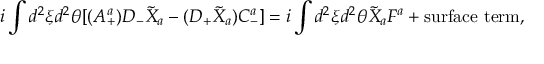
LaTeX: i \int d ^ { 2 } \xi d ^ { 2 } \theta [ ( A _ { + } ^ { a } ) D _ { - } \tilde { X } _ { a } - ( D _ { + } \tilde { X } _ { a } ) C _ { - } ^ { a } ] = i \int d ^ { 2 } \xi d ^ { 2 } \theta \tilde { X } _ { a } F ^ { a } + \mathrm { s u r f a c e ~ t e r m } ,